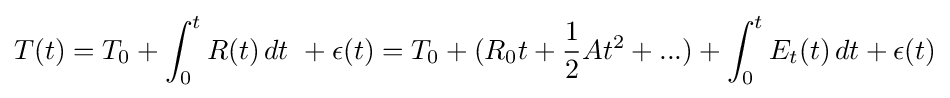
T(t)=T_{0}+\int _{0}^{t}R(t)\,dt\ +\epsilon (t)=T_{0}+(R_{0}t+{\frac {1}{2}}At^{2}+...)+\int _{0}^{t}E_{t}(t)\,dt+\epsilon (t)